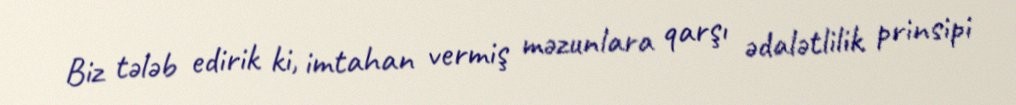
Biz tələb edirik ki, imtahan vermiş məzunlara qarşı ədalətlilik prinsipi